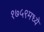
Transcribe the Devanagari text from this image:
१७५९मध्ये